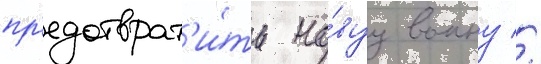
пр'едотврат'и́ть но́вуу воину //